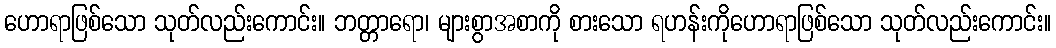
ဟောရာဖြစ်သော သုတ်လည်းကောင်း။ ဘတ္တာရော၊ များစွာအစာကို စားသော ရဟန်းကိုဟောရာဖြစ်သော သုတ်လည်းကောင်း။